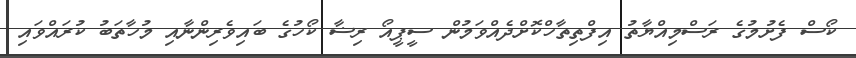
ކޯސް ފެށުމުގެ ރަސްމިއްޔާތު އިފްތިތާހްކޮށްދެއްވަމުން ސީޕީއޯ ރިޟާ ކޯހުގެ ބައިވެރިންނާއި މުހާތަބު ކުރައްވައި